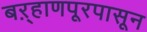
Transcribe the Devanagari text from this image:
बऱ्हाणपूरपासून